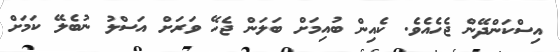
އިސްކަންދޭން ޖެހެއެވެ. ކެއިން ބުއިމަށް ބަލަން ޖެހޭ ވަރަށް އަސްލު ނުބެލޭ ކަމަށް